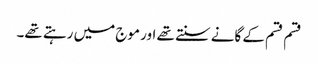
قسم قسم کے گانے سنتے تھے اور موج میں رہتے تھے۔